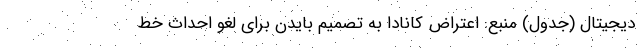
دیجیتال (جدول) منبع: اعتراض کانادا به تصمیم بایدن برای لغو احداث خط